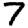
Digit: 7